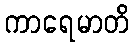
ကာရေမာတိ